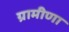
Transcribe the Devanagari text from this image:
ग्रामीणा